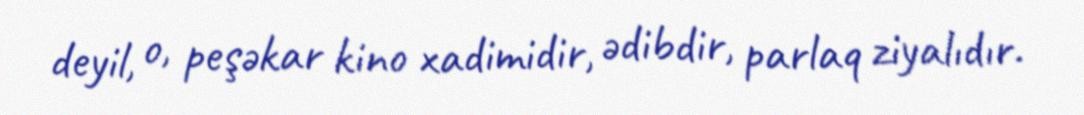
deyil, o, peşəkar kino xadimidir, ədibdir, parlaq ziyalıdır.